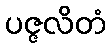
ပဇ္ဇလိတံ